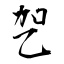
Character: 乫